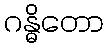
ဂန္ဓိတော